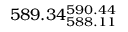
5 8 9 . 3 4 _ { 5 8 8 . 1 1 } ^ { 5 9 0 . 4 4 }